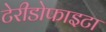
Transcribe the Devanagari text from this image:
टेरीडोफाइटा